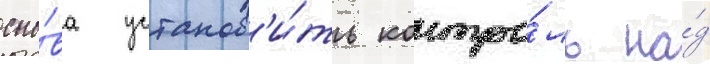
сно́ва установ'и́ть контро́ль на́д